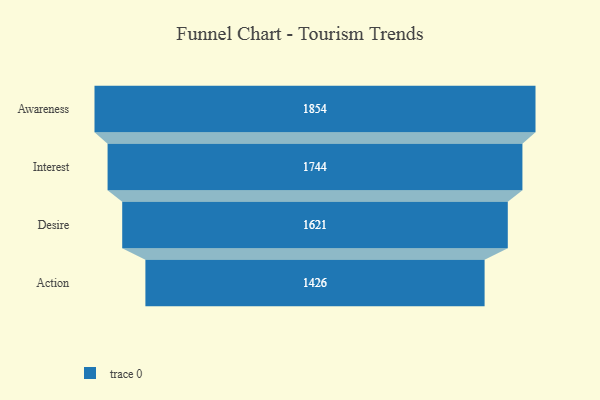
{"axis": {"x": "Stage", "y": "Value"}, "legend": [""], "data": [{"x": "Awareness", "y": 1854.0, "type": ""}, {"x": "Interest", "y": 1744.0, "type": ""}, {"x": "Desire", "y": 1621.0, "type": ""}, {"x": "Action", "y": 1426.0, "type": ""}]}